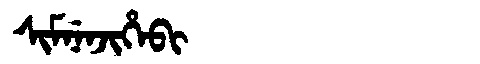
Manchu: ᠰᡳᠮᠨᡝᠨᠵᡳᡥᡝᠪᡳ
Romanization: SIMNENJIHEBI